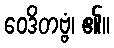
ဝေဒိတဗ္ဗံ၊ ၏။